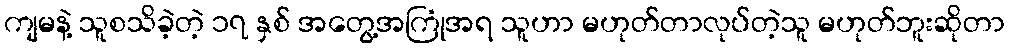
ကျမနဲ့ သူစသိခဲ့တဲ့ ၁၇ နှစ် အတွေ့အကြုံအရ သူဟာ မဟုတ်တာလုပ်တဲ့သူ မဟုတ်ဘူးဆိုတာ